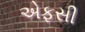
એફસી